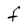
Character: f